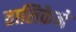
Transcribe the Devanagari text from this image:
तालिकेने